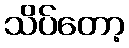
သိပ်တော့